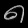
Digit: ၈